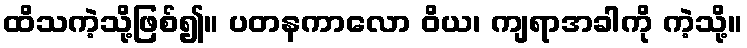
ထိသကဲ့သို့ဖြစ်၍။ ပတနကာလော ဝိယ၊ ကျရာအခါကို ကဲ့သို့။